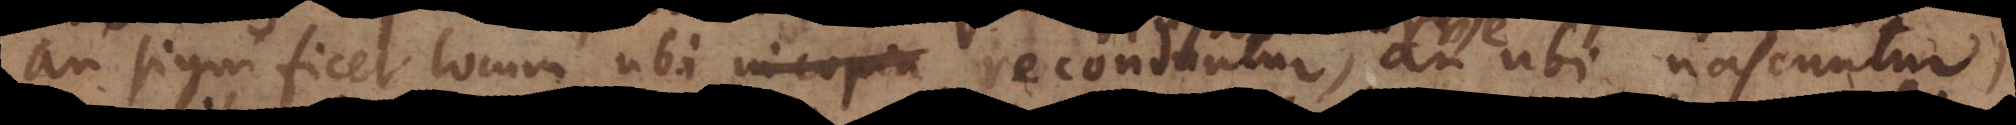
an significet locum ubi in copia, an ubi nascuntur,